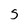
Character: S